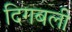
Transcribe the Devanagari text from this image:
दिगबली